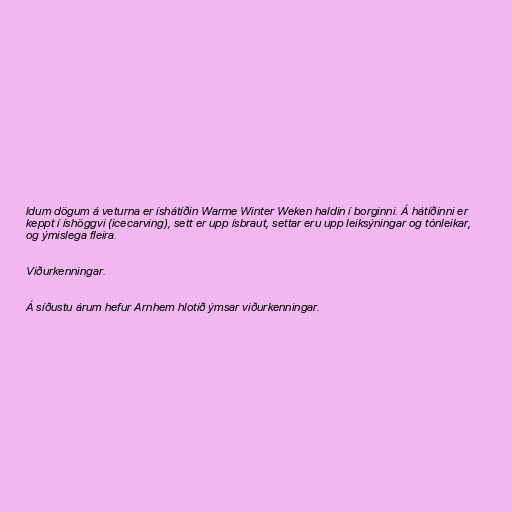
ldum dögum á veturna er íshátíðin Warme Winter Weken haldin í borginni. Á hátíðinni er
keppt í íshöggvi (icecarving), sett er upp ísbraut, settar eru upp leiksýningar og tónleikar,
og ýmislega fleira.

Viðurkenningar.

Á síðustu árum hefur Arnhem hlotið ýmsar viðurkenningar.